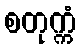
စတုက္ကံ